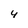
Character: 4